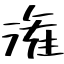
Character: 潅